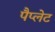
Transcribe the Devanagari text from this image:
पैप्लेट